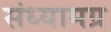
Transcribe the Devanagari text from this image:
संध्यामग्र